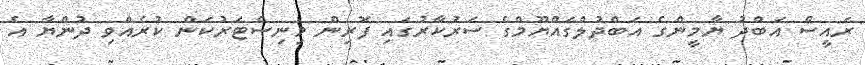
ރައީސް އަބްދު ޔާމީންގެ އަބްދުލްގައްޔޫމްގެ ސަރުކާރުގައި ފޮރިން މިނިސްޓަރުކަން ކުރެއްވި ދުންޔާ އެ